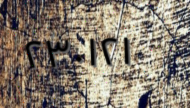
٢٣٠١٢١